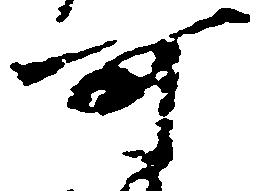
可